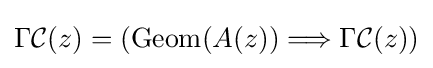
\Gamma {\mathcal {C}}(z)=\left(\operatorname {Geom} (A(z))\Longrightarrow \Gamma {\mathcal {C}}(z)\right)